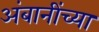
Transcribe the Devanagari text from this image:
अंबानींच्या